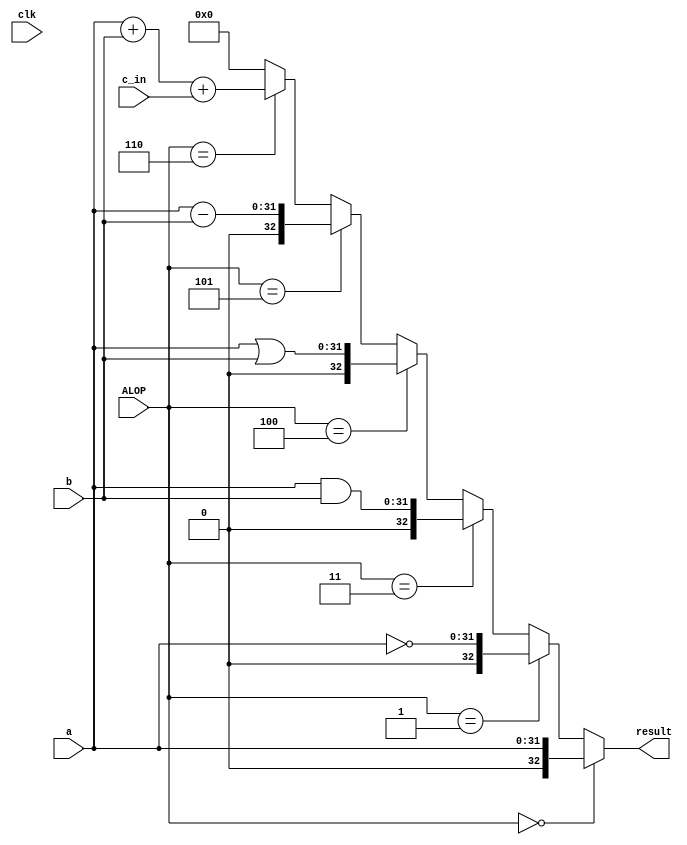
`timescale 1ns / 1ps
//////////////////////////////////////////////////////////////////////////////////
// Company: 
// Engineer: 
// 
// Design Name: 
// Module Name: topnbit_verification
// Project Name: 
// Target Devices: 
// Tool Versions: 
// Description: 
// 
// Dependencies: 
// 
// Revision:
// Revision 0.01 - File Created
// Additional Comments:
// 
//////////////////////////////////////////////////////////////////////////////////


module topnbit_verification(result, clk, c_in,a, b, ALOP);

	parameter W = 32;
	input [2:0] ALOP;
	input clk;
	input [W-1:0] a, b;
	input c_in;
	output [W:0] result;

	
	wire [W-1:0] sum_to_reg;
	
	assign { result} = //verifies each function 
	(ALOP == 3'b000) ? {a}:
	(ALOP == 3'b001) ? {~a}:
	(ALOP == 3'b011) ? {a&b}:
	(ALOP == 3'b100) ? {a|b}:
	(ALOP == 3'b101) ? {a-b}:
	(ALOP == 3'b110) ? a+b+c_in:
	0;
	
endmodule